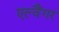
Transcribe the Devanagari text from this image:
एल्वैंगर